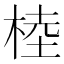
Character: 𣔭